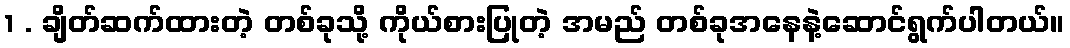
1 . ချိတ်ဆက်ထားတဲ့ တစ်ခုသို့ ကိုယ်စားပြုတဲ့ အမည် တစ်ခုအနေနဲ့ဆောင်ရွက်ပါတယ်။